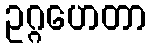
ဥဂ္ဂဟေတာ